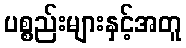
ပစ္စည်းများနှင့်အတူ